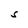
Character: S